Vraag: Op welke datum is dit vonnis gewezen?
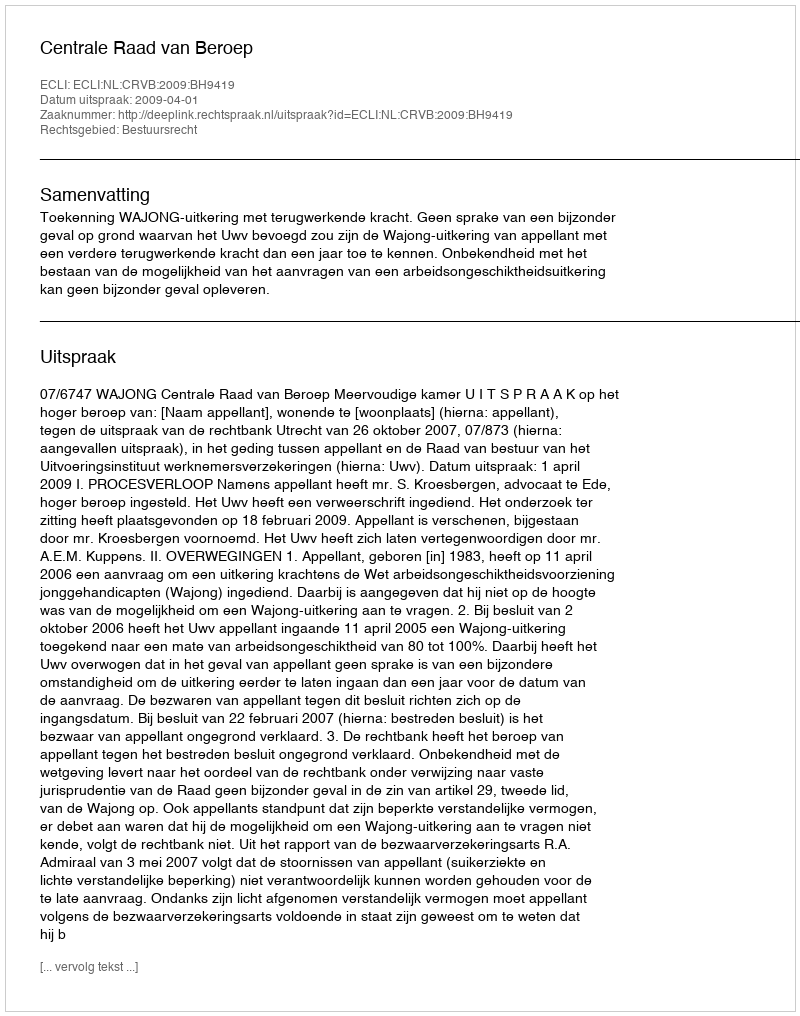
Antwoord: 2009-04-01